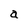
Character: a